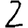
Digit: 2